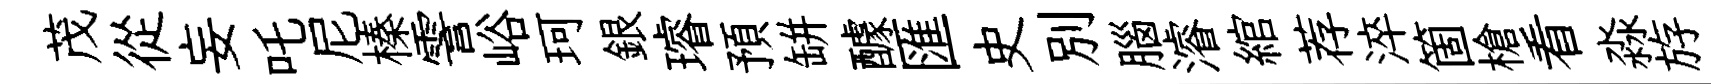
茂從妄吒尼榛霅峪珂銀璿預缾醵匯史别腦濬綰荐淬箇槍看淼斿